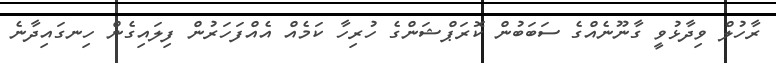
ރާހުލް ވިދާޅުވީ ގާނޫނެއްގެ ސަބަބުން ކޮރަޕްޝަންގެ ހުރިހާ ކަމެއް އެއްފަހަރުން ފިލައިގެން ހިނގައިދާނެ